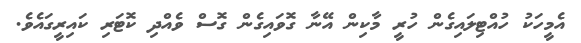
އެމީހަކު ހުއްޓިލައިގެން ހުރީ މާކިން އޭނާ ގޮވައިގެން ގޮސް ވެއްދި ކޮޓަރި ކައިރީގައެވެ.